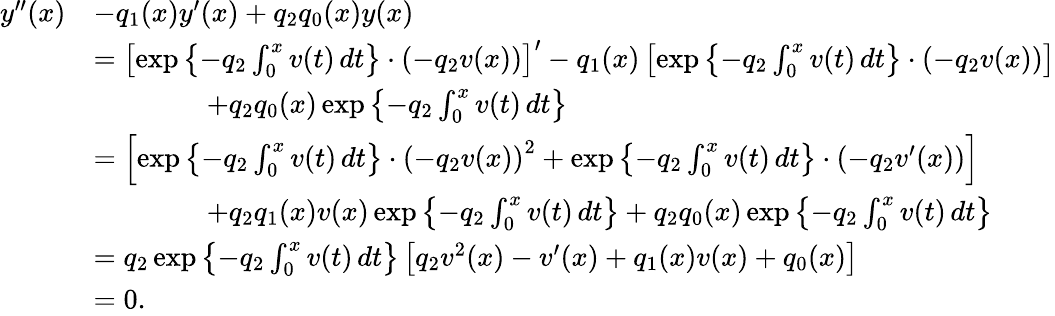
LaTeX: \begin{array}{rl}{y^{\prime\prime}(x)}&{-q_{1}(x)y^{\prime}(x)+q_{2}q_{0}(x)y(x)}\\ &{=\left[\exp\left\{ -q_{2}\int_{0}^{x}v(t)\, dt\right\} \cdot\left(-q_{2}v(x)\right)\right]^{\prime}-q_{1}(x)\left[\exp\left\{ -q_{2}\int_{0}^{x}v(t)\, dt\right\} \cdot\left(-q_{2}v(x)\right)\right]}\\ &{\qquad\qquad+q_{2}q_{0}(x)\exp\left\{ -q_{2}\int_{0}^{x}v(t)\, dt\right\} }\\ &{=\left[\exp\left\{ -q_{2}\int_{0}^{x}v(t)\, dt\right\} \cdot\left(-q_{2}v(x)\right)^{2}+\exp\left\{ -q_{2}\int_{0}^{x}v(t)\, dt\right\} \cdot\left(-q_{2}v^{\prime}(x)\right)\right]}\\ &{\qquad\qquad+q_{2}q_{1}(x)v(x)\exp\left\{ -q_{2}\int_{0}^{x}v(t)\, dt\right\} +q_{2}q_{0}(x)\exp\left\{ -q_{2}\int_{0}^{x}v(t)\, dt\right\} }\\ &{=q_{2}\exp\left\{ -q_{2}\int_{0}^{x}v(t)\, dt\right\} \left[q_{2}v^{2}(x)-v^{\prime}(x)+q_{1}(x)v(x)+q_{0}(x)\right]}\\ &{=0.}\end{array}